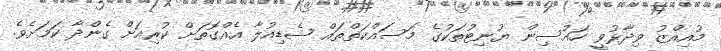
މުއިއްޒު ވިދާޅުވީ ހައުސިން ޔުނިޓުތަކުގެ މަސައްކަތްތައް ޝެޑިއުލާ އެއްގޮތަށް ކުރިއަށް ގެންދާ ކަމަށެވެ.